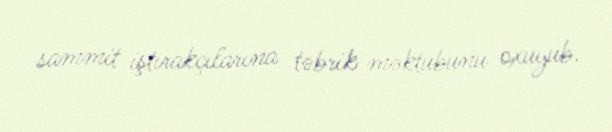
sammit iştirakçılarına təbrik məktubunu oxuyub.